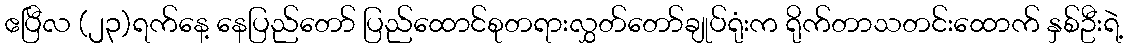
ဧပြီလ (၂၃)ရက်နေ့ နေပြည်တော် ပြည်ထောင်စုတရားလွှတ်တော်ချုပ်ရုံးက ရိုက်တာသတင်းထောက် နှစ်ဦးရဲ့